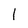
Character: 1